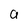
Character: 0